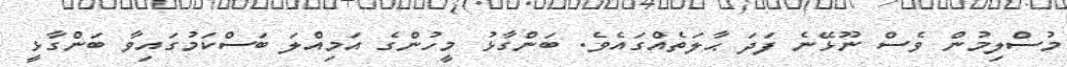
މުސްލިމުން ވެސް ނޫޅޭނެ ފަދަ ޙާލަތެއްގައެވެ. ބަންގާޅު މީހުންގެ އަމިއްލަ ބަސްކަމުގައިވާ ބަންގާޅީ